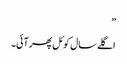
”
اگلے سال کوئل پھر آئی۔